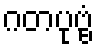
ဂတပုဗ္ဗံ